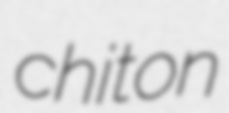
chiton